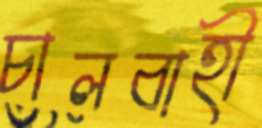
চালবাহী